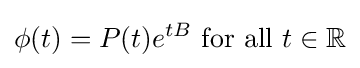
\phi (t)=P(t)e^{tB}{\text{ for all }}t\in \mathbb {R}